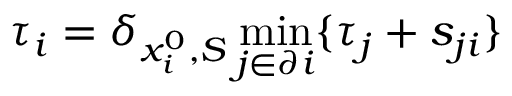
\tau _ { i } = \delta _ { x _ { i } ^ { 0 } , S } \operatorname* { m i n } _ { j \in \partial i } \{ \tau _ { j } + s _ { j i } \}